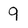
Character: 9